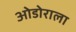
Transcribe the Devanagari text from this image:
ओडोराला